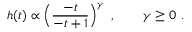
h ( t ) \propto \left( \frac { - t } { - t + 1 } \right) ^ { \gamma } ~ , \mathrm { ~ ~ ~ ~ ~ ~ } \gamma \geq 0 ~ .